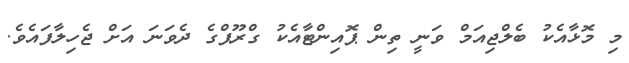
މި މޮޅާއެކު ބެލްޖިއަމް ވަނީ ތިން ޕޮއިންޓާއެކު ގްރޫޕްގެ ދެވަނަ އަށް ޖެހިލާފައެވެ.